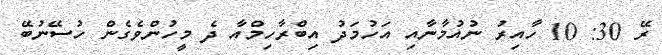
ރޭ 30: 10 ހާއިރު ނުއުމާނާއި އަހުމަދު އިބްރާހިމްއާ ދެ މީހުންވެގެން ހުސޭނުބޭ